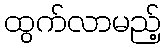
ထွက်လာမည့်